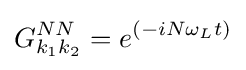
G_{k_{1}k_{2}}^{NN}=e^{\left({-iN\omega _{L}t}\right)}